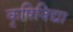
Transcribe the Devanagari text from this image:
कृषिविद्या